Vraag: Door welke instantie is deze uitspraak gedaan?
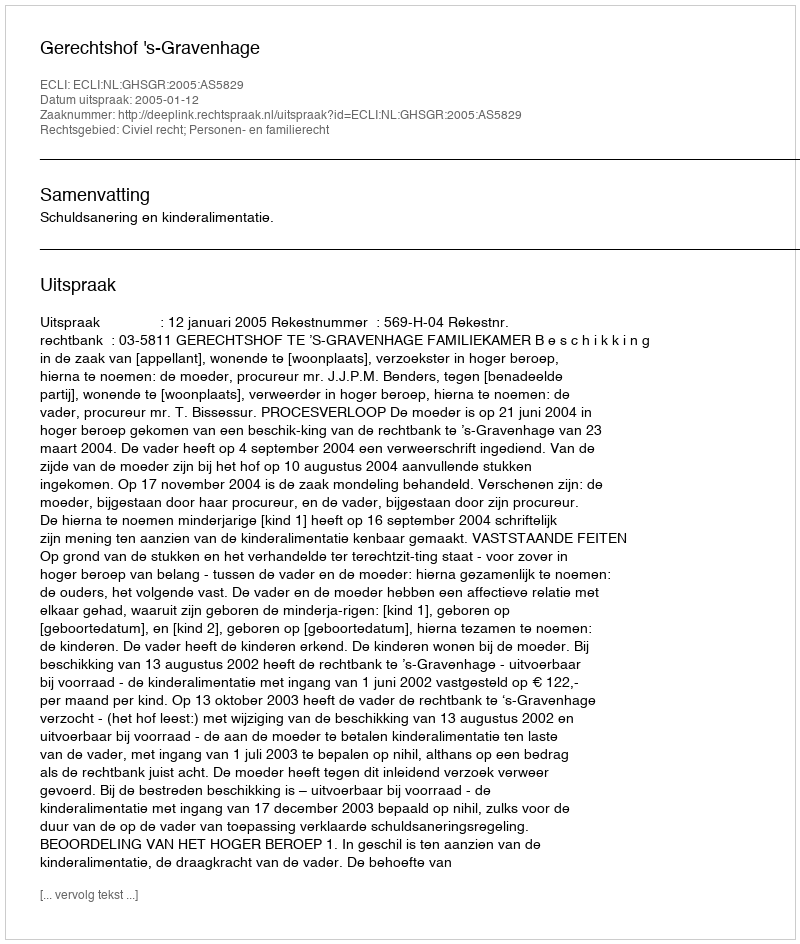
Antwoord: Gerechtshof 's-Gravenhage